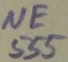
Text: NE555